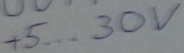
Text: +5...30V